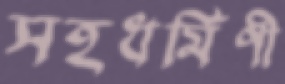
সহধর্মিণী